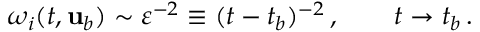
\omega _ { i } ( t , { \mathbf { u } } _ { b } ) \sim \varepsilon ^ { - 2 } \equiv ( t - t _ { b } ) ^ { - 2 } \, , \qquad t \to t _ { b } \, .